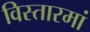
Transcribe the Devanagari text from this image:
विस्तारमां